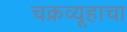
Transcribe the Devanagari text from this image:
चक्रव्यूहाचा